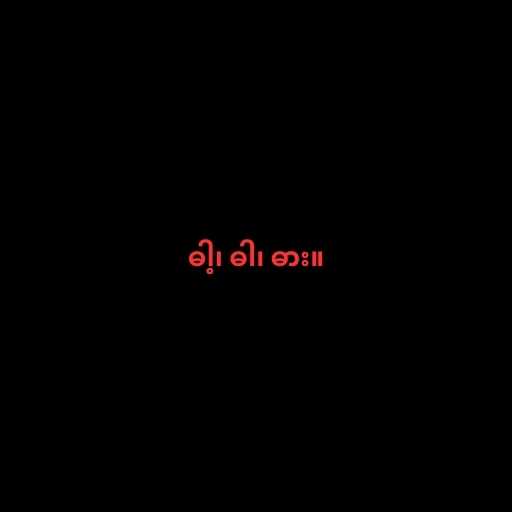
ဓါ့၊ ဓါ၊ ဓား။